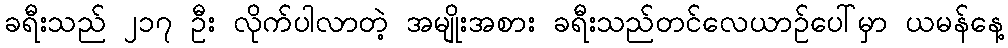
ခရီးသည် ၂၁၇ ဦး လိုက်ပါလာတဲ့ အမျိုးအစား ခရီးသည်တင်လေယာဉ်ပေါ်မှာ ယမန်နေ့